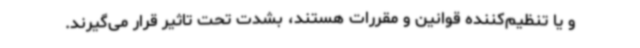
و یا تنظیم‌کننده قوانین و مقررات هستند، بشدت تحت تاثیر قرار می‌گیرند.